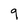
Character: 9